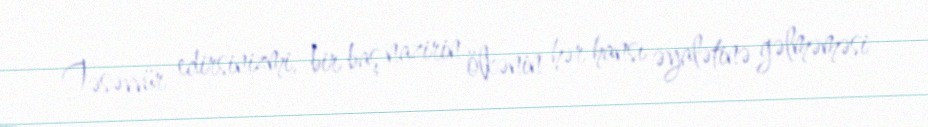
Təsəvvür edirsinizmi, bir baş nazirin ölkənin hər hansı əyalətinə gəlməməsi